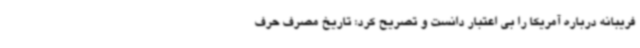
فریبانه درباره آمریکا را بی اعتبار دانست و تصریح کرد: تاریخ مصرف حرف